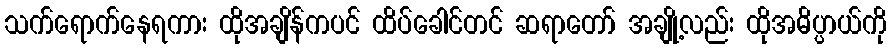
သက်ရောက်နေရကား ထိုအချိန်ကပင် ထိပ်ခေါင်တင် ဆရာတော် အချို့လည်း ထိုအဓိပ္ပာယ်ကို